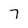
Character: 7